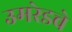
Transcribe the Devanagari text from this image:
उमरेडचे